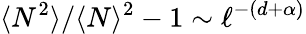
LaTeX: \langle N^{2}\rangle/\langle N\rangle^{2}-1\sim\ell^{-(d+\alpha)}